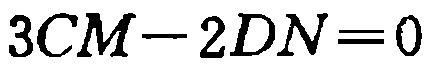
\(3CM - 2DN = 0\)